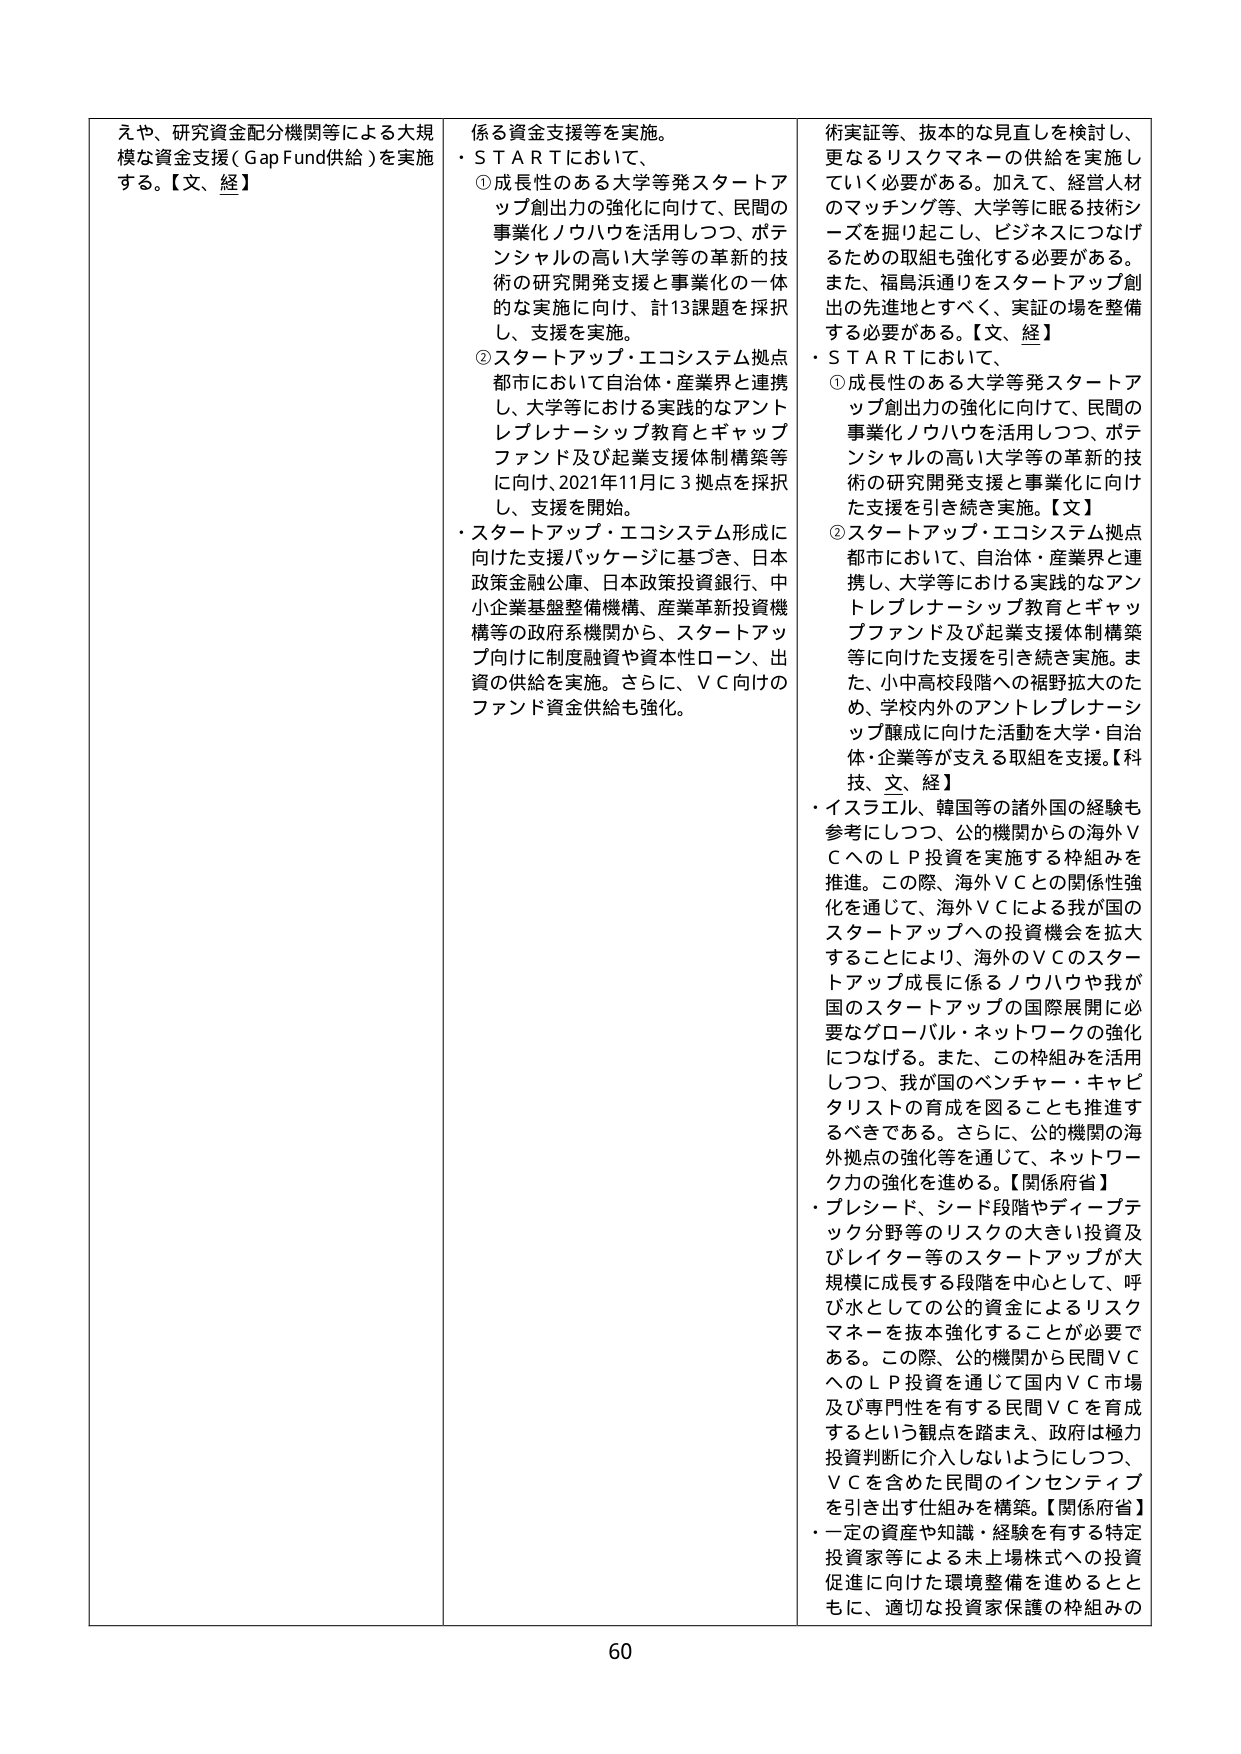
えや、研究資金配分機関等による大規模な資金支援（Gap Fund供給）を実施する。【文、経】

係の資金支援等を実施。
・ＳＴＡＲＴにおいて、
①成長性のある大学等発スタートアップ創出力の強化に向けて、民間の事業化ノウハウを活用しつつ、ポテンシャルの高い大学等の革新的技術の研究開発支援と事業化の一体的な実施に向け、計13課題を採択し、支援を実施。
②スタートアップ・エコシステム拠点都市において自治体・産業界と連携し、大学等における実践的なアントレプレナーシップ教育とギャップファンド及び起業支援体制構築等に向け、2021年11月に3拠点を採択し、支援を開始。
・スタートアップ・エコシステム形成に向けた支援パッケージに基づき、日本政策金融公庫、日本政策投資銀行、中小企業基盤整備機構、産業革新投資機構等の政府系機関から、スタートアップ向けに制度融資や資本性ローン、出資の供給を実施。さらに、ＶＣ向けのファンド資金供給も強化。

術実証等、抜本的な見直しを検討し、更なるリスクマネーの供給を実施していく必要がある。加えて、経営人材のマッチング等、大学等に眠る技術シーズを掘り起こし、ビジネスにつなげるための取組も強化する必要がある。また、福島浜通りをスタートアップ創出の先進地とすべく、実証の場を整備する必要がある。【文、経】
・ＳＴＡＲＴにおいて、
①成長性のある大学等発スタートアップ創出力の強化に向けて、民間の事業化ノウハウを活用しつつ、ポテンシャルの高い大学等の革新的技術の研究開発支援と事業化に向けた支援を引き続き実施。【文】
②スタートアップ・エコシステム拠点都市において、自治体・産業界と連携し、大学等における実践的なアントレプレナーシップ教育とギャップファンド及び起業支援体制構築等に向けた支援を引き続き実施。また、小中高校段階への裾野拡大のため、学校内外のアントレプレナーシップ醸成に向けた活動を大学・自治体・企業等が支える取組を支援。【科技、文、経】
・イスラエル、韓国等の諸外国の経験も参考にしつつ、公的機関からの海外ＶＣへのＬＰ投資を実施する枠組みを推進。この際、海外ＶＣとの関係性強化を通じて、海外ＶＣによる我が国のスタートアップへの投資機会を拡大することにより、海外のＶＣのスタートアップ成長に係るノウハウや我が国のスタートアップの国際展開に必要なグローバル・ネットワークの強化につなげる。また、この枠組みを活用しつつ、我が国のベンチャー・キャピタリストの育成を図ることも推進するべきである。さらに、公的機関の海外拠点の強化等を通じて、ネットワーク力の強化を進める。【関係府省】
・プレシード、シード段階やディープテック分野等のリスクの大きい投資及びレター等のスタートアップが大規模に成長する段階を中心として、呼び水としての公的資金によるリスクマネーを抜本強化することが必要である。この際、公的機関から民間ＶＣへのＬＰ投資を通じて国内ＶＣ市場及び専門性を有する民間ＶＣを育成するという観点を踏まえ、政府は極力投資判断に介入しないようにしつつ、ＶＣを含めた民間のインセンティブを引き出す仕組みを構築。【関係府省】
・一定の資産や知識・経験を有する特定投資家等による未上場株式への投資促進に向けた環境整備を進めるとともに、適切な投資家保護の枠組みの

60